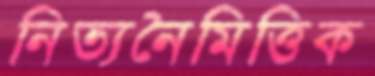
নিত্যনৈমিত্তিক